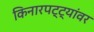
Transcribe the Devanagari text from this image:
किनारपट्ट्यांवर